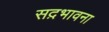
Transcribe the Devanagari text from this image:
सद़भावना